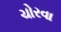
ચોરવા